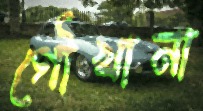
গৌখানা